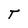
Character: T